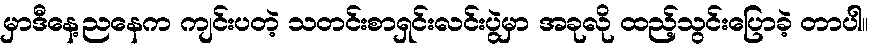
မှာဒီနေ့ညနေက ကျင်းပတဲ့ သတင်းစာရှင်းလင်းပွဲမှာ အခုလို ထည့်သွင်းပြောခဲ့ တာပါ။